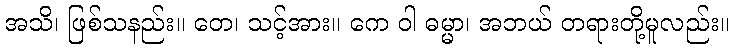
အသိ၊ ဖြစ်သနည်း။ တေ၊ သင့်အား။ ကေ ဝါ ဓမ္မာ၊ အဘယ် တရားတို့မူလည်း။